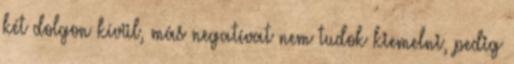
két dolgon kívül, más negatívat nem tudok kiemelni, pedig